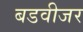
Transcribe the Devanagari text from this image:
बडवीजर